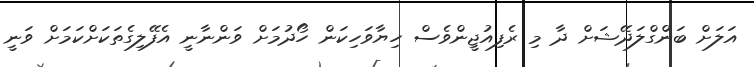
އަލަށް ބަންގްލަދޭޝަށް ދާ މި ރެފިއުޖީންވެސް ހިޔާވަހިކަން ހޯދުމަށް ވަންނާނީ އެފޭލިގެތަކަށްކަމަށް ވަނީ